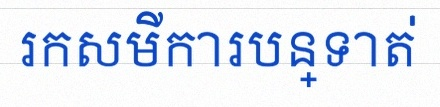
រកសមីការបន្ទាត់